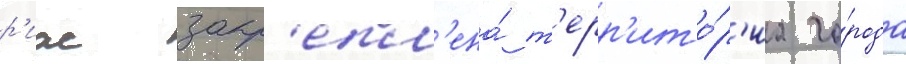
р'иас закр'епл'ена́ т'ерр'ито́р'иа го́рода